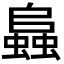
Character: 𧒂